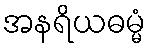
အနရိယဓမ္မံ